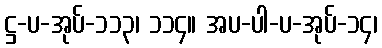
ဋ္ဌ-ပ-အုပ်-၁၁၃၊ ၁၁၄။ အပ-ပါ-ပ-အုပ်-၁၄၊